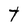
Character: T